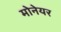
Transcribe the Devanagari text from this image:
मोनेयर